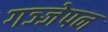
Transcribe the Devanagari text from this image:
गञ्जेपन